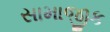
સામાજીક